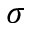
\sigma